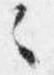
之